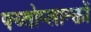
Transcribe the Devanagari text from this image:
फ्य्तोप्लान्क्तों